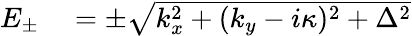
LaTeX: \begin{array}{rl}{E_{\pm}}&{{}=\pm\sqrt{k_{x}^{2}+(k_{y}-i\kappa)^{2}+\Delta^{2}}}\end{array}